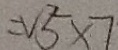
= V ^ { 2 } _ { 5 } \times 7